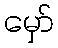
မှော်